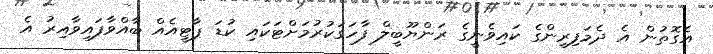
އެގޮތުން އެ ދެމަފިރިންގެ ކައިވެނީގެ ރަންޔޫބީލް ފާހަގަކުރުމަށްޓަކައި ކުޑަ ޕާޓީއެއް ބާއްވާފައިވާއިރު އެ